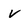
Character: v